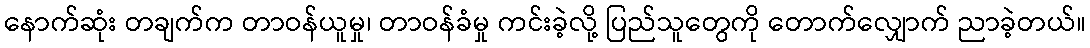
နောက်ဆုံး တချက်က တာဝန်ယူမှု၊ တာဝန်ခံမှု ကင်းခဲ့လို့ ပြည်သူတွေကို တောက်လျှောက် ညာခဲ့တယ်။